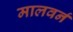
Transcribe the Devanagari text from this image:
मालवर्न